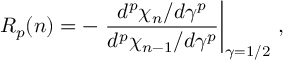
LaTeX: R _ { p } ( n ) = - \left. \frac { d ^ { p } \chi _ { n } / d \gamma ^ { p } } { d ^ { p } \chi _ { n - 1 } / d \gamma ^ { p } } \right| _ { \gamma = 1 / 2 } \, ,